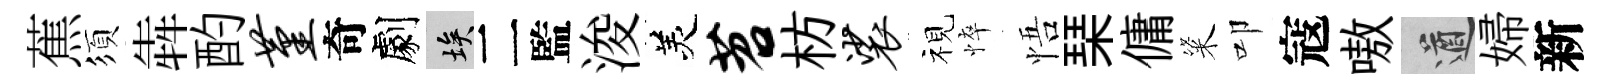
蕉須犇酌堇奇劇埃二監浚羙苕枋裟视悴悟琹傭粢叩寇嗷遒婦新